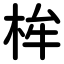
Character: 桙